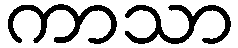
ကာသာ